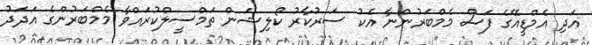
އަދި އެމްޑީއޭގެ ފަސް މެމްބަރުންނާ އެކު ސަރުކާރު ކޯލިޝަން ތަމްސީލްކުރައްވާ މެމްބަރުންގެ އަދަދު